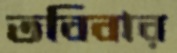
তবিবার